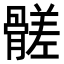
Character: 髊